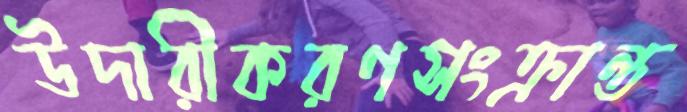
উদারীকরণসংক্রান্ত